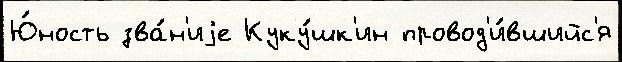
Ю́ность зва́н'иjе Куку́шк'ин провод'и́вшийс'я